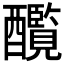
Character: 𨣸